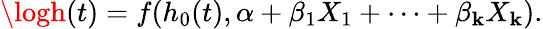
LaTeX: \logh(t)=f(h_{0}(t),\alpha+\beta_{1}X_{1}+\cdots+\beta_{\mathbf{k}}X_{\mathbf{k}}).